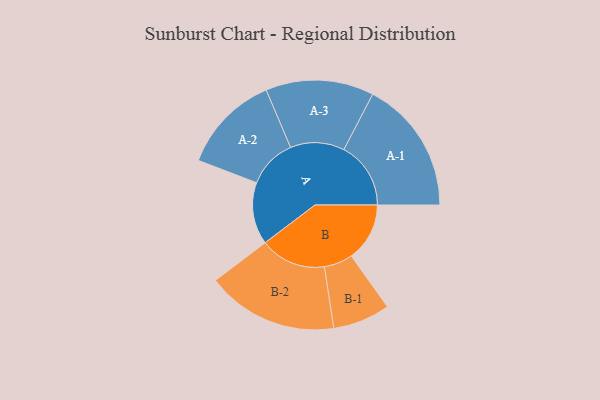
{"axis": {"x": "Segment", "y": "Value"}, "legend": ["", "A", "B"], "data": [{"x": "A", "y": 247, "type": ""}, {"x": "B", "y": 232, "type": ""}, {"x": "A-1", "y": 266, "type": "A"}, {"x": "A-2", "y": 196, "type": "A"}, {"x": "A-3", "y": 215, "type": "A"}, {"x": "B-1", "y": 114, "type": "B"}, {"x": "B-2", "y": 262, "type": "B"}]}